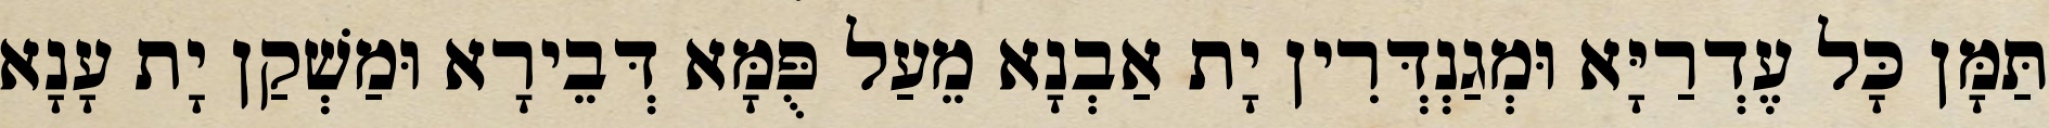
תַּמָּן כָּל עֶדְרַיָּא וּמְגַנְדְּרִין יָת אַבְנָא מֵעַל פֻּמָּא דְּבֵירָא וּמַשְׁקַן יָת עָנָא